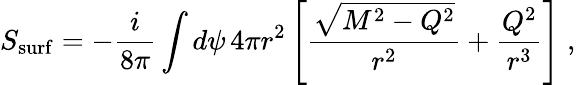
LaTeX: S_{\mathrm{surf}}=-{\frac{i}{8\pi}}\int d\psi\, 4\pi r^{2}\left[{\frac{\sqrt{M^{2}-Q^{2}}}{r^{2}}}+{\frac{Q^{2}}{r^{3}}}\right]\; ,